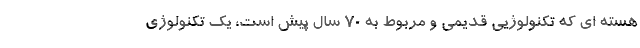
هسته ای که تکنولوژیی قدیمی و مربوط به 70 سال پیش است، یک تکنولوژی